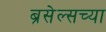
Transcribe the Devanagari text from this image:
ब्रसेल्सच्या